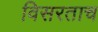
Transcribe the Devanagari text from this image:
विसरताच